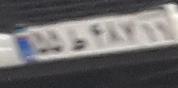
۵۵ط۴۸۷۱۱